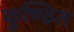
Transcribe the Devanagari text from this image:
कुण्ठित